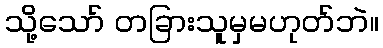
သို့သော် တခြားသူမှမဟုတ်ဘဲ။